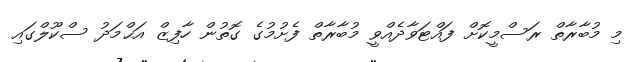
މި މުބާރާތް ރަސްމީކޮށް ފައްޓަވާދެއްވީ މުބާރާތް ފެށުމުގެ ގޮތުން ހާފިޒް އަޙްމަދު ސްކޫލްގައި